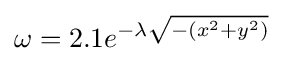
\omega =2.1e^{-\lambda {\sqrt {-(x^{2}+y^{2})}}}